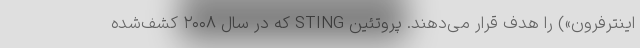
اینترفرون») را هدف قرار می‌دهند. پروتئین STING که در سال ۲۰۰۸ کشف‌شده